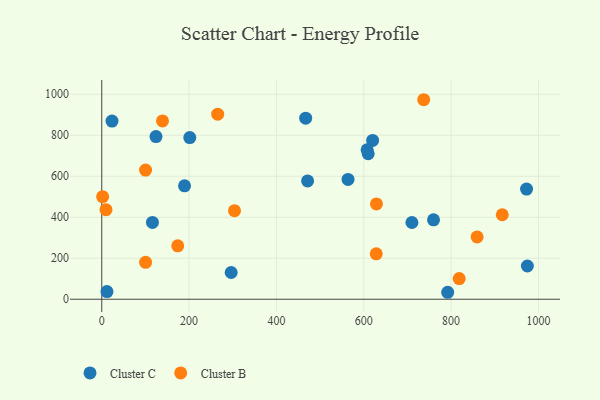
{"axis": {"x": "Experience", "y": "Salary"}, "legend": ["Cluster B", "Cluster C"], "data": [{"x": "620.3", "y": 774.9, "type": "Cluster C"}, {"x": "610.2", "y": 709.8, "type": "Cluster C"}, {"x": "710.3", "y": 374.3, "type": "Cluster C"}, {"x": "189.6", "y": 553.5, "type": "Cluster C"}, {"x": "296.4", "y": 130.3, "type": "Cluster C"}, {"x": "11.9", "y": 37.1, "type": "Cluster C"}, {"x": "124.2", "y": 793.5, "type": "Cluster C"}, {"x": "607.7", "y": 728.8, "type": "Cluster C"}, {"x": "972.8", "y": 537.3, "type": "Cluster C"}, {"x": "759.8", "y": 387.5, "type": "Cluster C"}, {"x": "974.7", "y": 162.2, "type": "Cluster C"}, {"x": "471.4", "y": 577.4, "type": "Cluster C"}, {"x": "564.0", "y": 584.5, "type": "Cluster C"}, {"x": "23.5", "y": 869.4, "type": "Cluster C"}, {"x": "116.1", "y": 374.6, "type": "Cluster C"}, {"x": "467.0", "y": 883.4, "type": "Cluster C"}, {"x": "792.2", "y": 33.9, "type": "Cluster C"}, {"x": "201.6", "y": 789.0, "type": "Cluster C"}, {"x": "100.4", "y": 180.2, "type": "Cluster B"}, {"x": "265.5", "y": 903.2, "type": "Cluster B"}, {"x": "917.2", "y": 412.3, "type": "Cluster B"}, {"x": "139.1", "y": 870.0, "type": "Cluster B"}, {"x": "304.0", "y": 432.1, "type": "Cluster B"}, {"x": "859.6", "y": 303.8, "type": "Cluster B"}, {"x": "9.7", "y": 437.2, "type": "Cluster B"}, {"x": "100.3", "y": 630.0, "type": "Cluster B"}, {"x": "629.1", "y": 464.9, "type": "Cluster B"}, {"x": "737.3", "y": 973.5, "type": "Cluster B"}, {"x": "628.6", "y": 221.7, "type": "Cluster B"}, {"x": "818.6", "y": 100.8, "type": "Cluster B"}, {"x": "174.0", "y": 260.4, "type": "Cluster B"}, {"x": "2.0", "y": 500.4, "type": "Cluster B"}]}